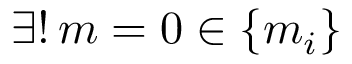
\exists ! \, m = 0 \in \{ m _ { i } \}